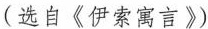
(选自《伊索寓言》)